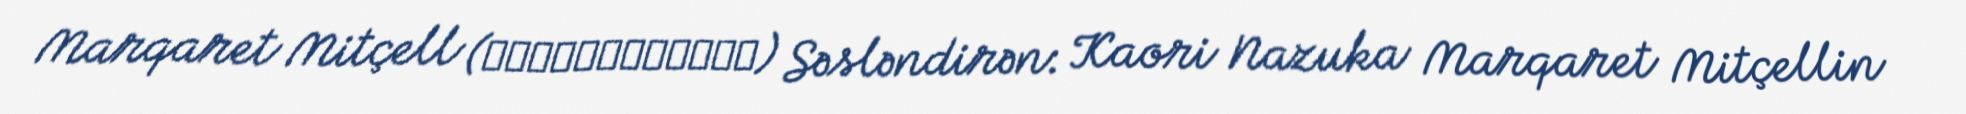
Marqaret Mitçell (マーガレット・ミッチェル) Səsləndirən: Kaori Nazuka Marqaret Mitçellin